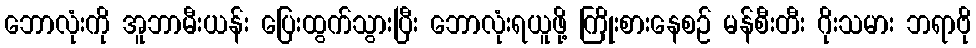
ဘောလုံးကို အူဘာမီးယန်း ပြေးထွက်သွားပြီး ဘောလုံးရယူဖို့ ကြိုးစားနေစဉ် မန်စီးတီး ဂိုးသမား ဘရာဗို